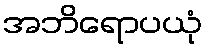
အဘိရောပယုံ